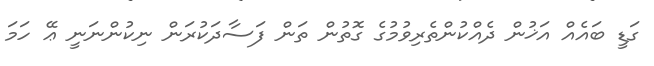
ގަޑީ ބައެއް އަޚުން ދެއްކުންތެރިވުމުގެ ގޮތުން ތަން ފަސާދަކުރަން ނިކުންނަނީ ޢޭ ހަމަ